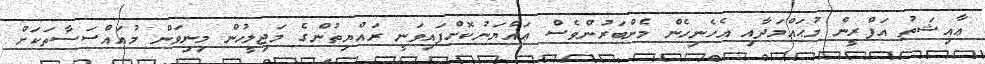
ޢާއިޝަތު އަފްރީން މުޙައްމަދާއި އެހެނިހެން މެންބަރުންވެސް ޢައްޔަނުކޮށްފައިވަނީ ރައްޔިތުންގެ މަޖިލީހުން މިނިވަން މުއައްސަސާތަކަށް